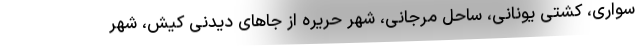
سواری، کشتی یونانی، ساحل مرجانی، شهر حریره از جاهای دیدنی کیش، شهر